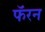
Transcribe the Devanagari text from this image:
फॅरन